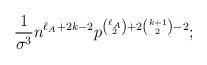
LaTeX: \begin{align*}\frac{1}{\sigma^3}n^{\ell_A+2k-2}p^{\binom{\ell_A}{2}+2\binom{k+1}{2}-2};\end{align*}